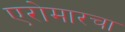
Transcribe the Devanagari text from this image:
एरोमारचा